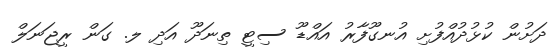
ދަށުން ކުޅުދުއްފުށި އުނގޫފާރު އައްޑޫ ސިޓީ ތިނަދޫ އަދި ލ. ގަން ރީޖަނަލް